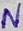
Text: N